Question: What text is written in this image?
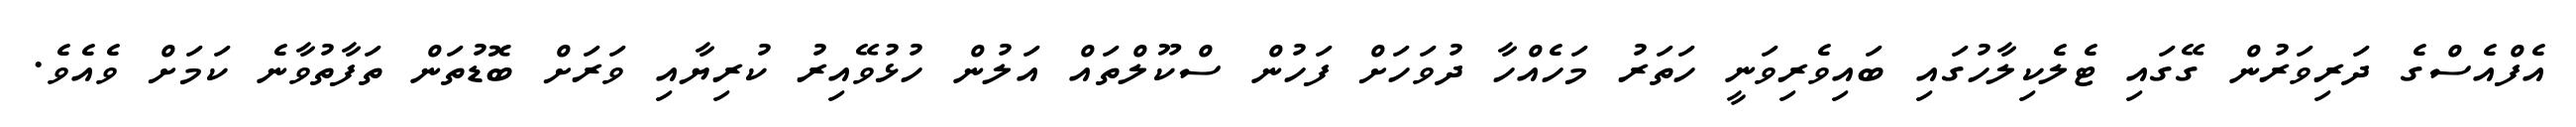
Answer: އެފްއެސްގެ ދަރިވަރުން ގޭގައި ޓެލެކިލާހުގައި ބައިވެރިވަނީ ހަތަރު މަހެއްހާ ދުވަހަށް ފަހުން ސްކޫލްތައް އަލުން ހުޅުވޭއިރު ކުރިޔާއި ވަރަށް ބޮޑުތަން ތަފާތުވާނެ ކަމަށް ވެއެވެ.